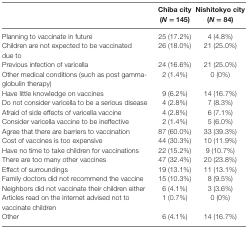
<table><thead><tr><td></td><td><b>Chiba city (<i>N</i> = 145)</b></td><td><b>Nishitokyo city (<i>N</i> = 84)</b></td></tr></thead><tbody><tr><td>Planning to vaccinate in future</td><td>25 (17.2%)</td><td>4 (4.8%)</td></tr><tr><td>Children are not expected to be vaccinated due to</td><td>26 (18.0%)</td><td>21 (25.0%)</td></tr><tr><td>Previous infection of varicella</td><td>24 (16.6%)</td><td>21 (25.0%)</td></tr><tr><td>Other medical conditions (such as post gamma-globulin therapy)</td><td>2 (1.4%)</td><td>0 (0%)</td></tr><tr><td>Have little knowledge on vaccines</td><td>9 (6.2%)</td><td>14 (16.7%)</td></tr><tr><td>Do not consider varicella to be a serious disease</td><td>4 (2.8%)</td><td>7 (8.3%)</td></tr><tr><td>Afraid of side effects of varicella vaccine</td><td>4 (2.8%)</td><td>6 (7.1%)</td></tr><tr><td>Consider varicella vaccine to be ineffective</td><td>2 (1.4%)</td><td>5 (6.0%)</td></tr><tr><td>Agree that there are barriers to vaccination</td><td>87 (60.0%)</td><td>33 (39.3%)</td></tr><tr><td>Cost of vaccines is too expensive</td><td>44 (30.3%)</td><td>10 (11.9%)</td></tr><tr><td>Have no time to take children for vaccinations</td><td>22 (15.2%)</td><td>9 (10.7%)</td></tr><tr><td>There are too many other vaccines</td><td>47 (32.4%)</td><td>20 (23.8%)</td></tr><tr><td>Effect of surroundings</td><td>19 (13.1%)</td><td>11 (13.1%)</td></tr><tr><td>Family doctors did not recommend the vaccine</td><td>15 (10.3%)</td><td>8 (9.5%)</td></tr><tr><td>Neighbors did not vaccinate their children either</td><td>6 (4.1%)</td><td>3 (3.6%)</td></tr><tr><td>Articles read on the internet advised not to vaccinate children</td><td>1 (0.7%)</td><td>0 (0%)</td></tr><tr><td>Other</td><td>6 (4.1%)</td><td>14 (16.7%)</td></tr></tbody></table>